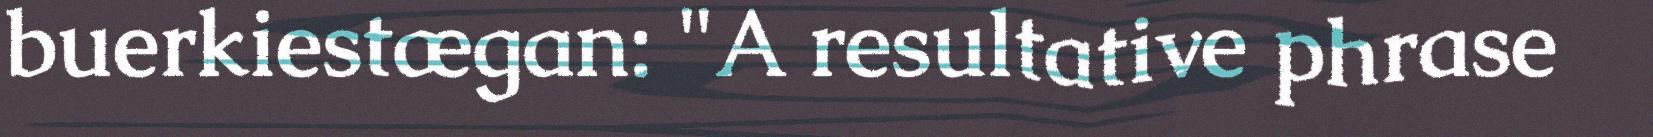
buerkiestægan: "A resultative phrase